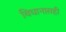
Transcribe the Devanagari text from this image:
विधानासही